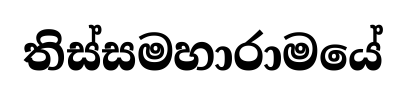
තිස්සමහාරාමයේ